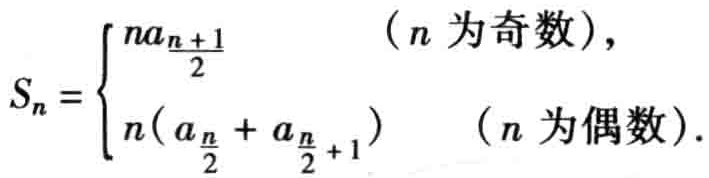
\[S_{n}=\begin{cases}

n a_{\frac{n + 1}{2}}&(n\text{ 为奇数}),\\

n(a_{\frac{n}{2}}+a_{\frac{n}{2}+1})&(n\text{ 为偶数}).

\end{cases}\]